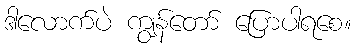
ဒါလောက်ပဲ ကျွန်တော် ပြောပါရစေ။